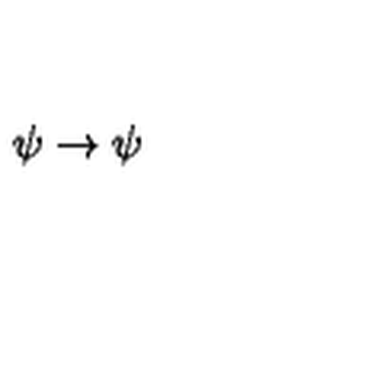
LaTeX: \psi \rightarrow \psi